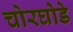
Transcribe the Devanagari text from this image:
चोरघोडे